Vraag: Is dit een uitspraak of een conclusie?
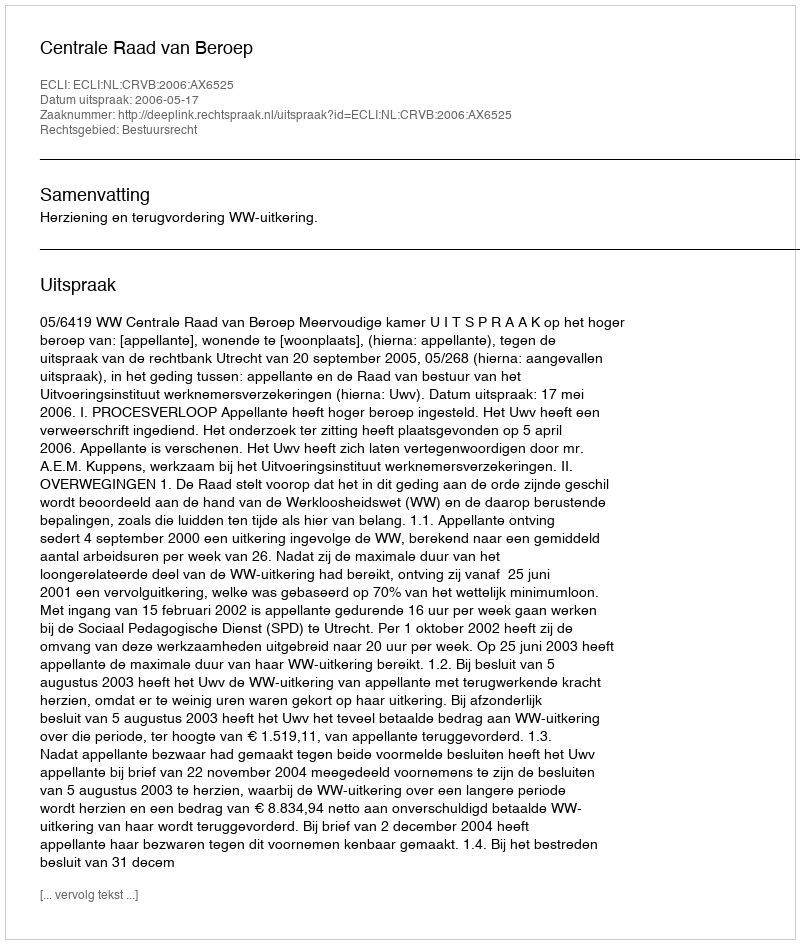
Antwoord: Uitspraak